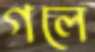
গলে